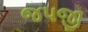
જપજી